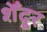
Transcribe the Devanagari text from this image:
शेँदूर